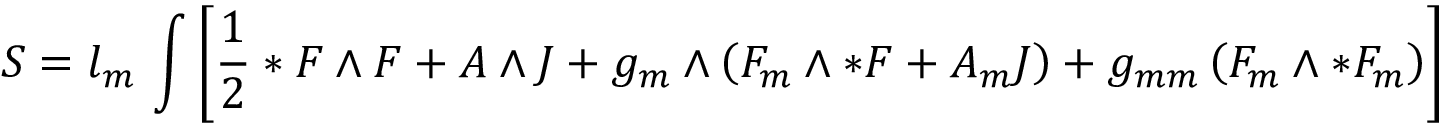
S = l _ { m } \, \int \left[ \frac { 1 } { 2 } * F \wedge F + A \wedge J + g _ { m } \wedge \left( F _ { m } \wedge * F + A _ { m } J \right) + g _ { m m } \left( F _ { m } \wedge * F _ { m } \right) \right]